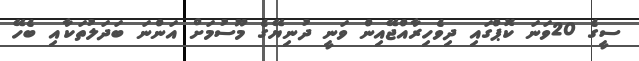
ސީގެ 20ވަނަ ކޮޕްގައި ދިވެހިރާއްޖޭއިން ވަނީ ދުނިޔޭގެ މޫސުމަށް އަންނަ ބަދަލުތަކާއި ބެހޭ